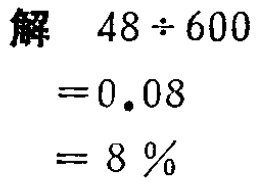
解 \(48\div600\)

\(= 0.08\)

\(= 8\%\)